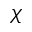
\chi